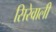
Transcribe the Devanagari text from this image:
सिरेवाली